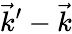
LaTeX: \vec{k}^{\prime}-\vec{k}